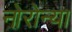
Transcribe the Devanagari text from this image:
नोरोन्या